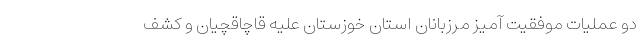
دو عملیات موفقیت آمیز مرزبانان استان خوزستان علیه قاچاقچیان و کشف